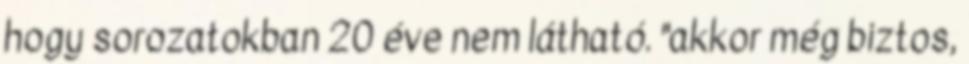
hogy sorozatokban 20 éve nem látható. "akkor még biztos,